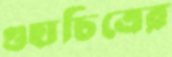
গুহাচিত্রের